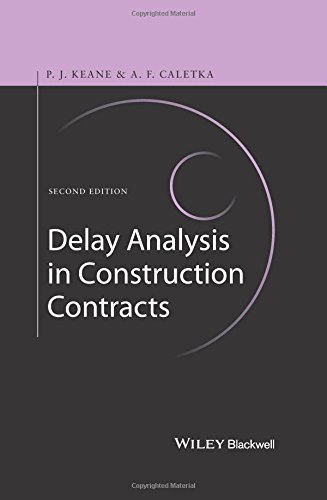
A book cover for Delay Analysis in Construction Contracts; P. John Keane; Law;